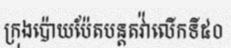
ក្រុងប៉ោយប៉ែតបន្តតវ៉ាលើកទី៥០